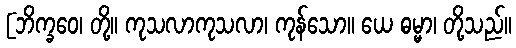
[ဘိက္ခဝေ၊ တို့။ ကုသလာကုသလာ၊ ကုန်သော။ ယေ ဓမ္မာ၊ တို့သည်။